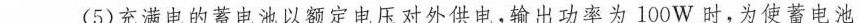
(5)充满电的蓄电池以额定电压对外供电，输出功率为100W时，为使蓄电池